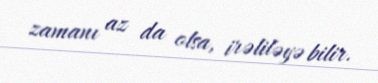
zamanı az da olsa, irəliləyə bilir.